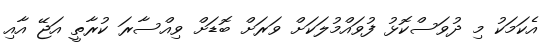
އެކަމަކު މި ދުވަސްކޮޅު ފުވައްމުލަކަށް ވަރަށް ބޮޑަށް ވިއްސާރަ ކުރާތީ އަޖޭ އާއި